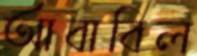
আবাবিল